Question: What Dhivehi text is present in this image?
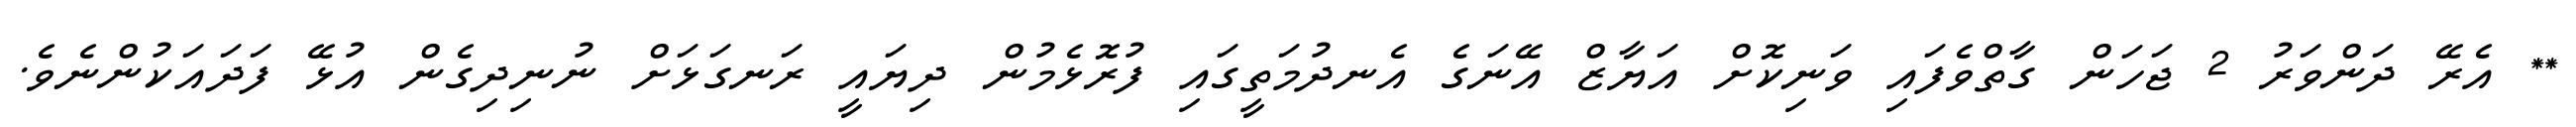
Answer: ** އެރޭ ދަންވަރު 2 ޖަހަން ގާތްވެފައި ވަނިކޮށް އަޔާޒް އޭނަގެ އެނދުމަތީގައި ފުރޮޅެމުން ދިޔައީ ރަނގަޅަށް ނުނިދިގެން އުޅޭ ފަދައަކުންނެވެ.